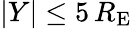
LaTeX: |Y|\leq 5\, R_{\mathrm{E}}